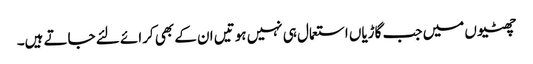
چھٹیوں میں جب گاڑیاں استعمال ہی نہیں ہوتیں ان کے بھی کرائے لئے جاتے ہیں۔